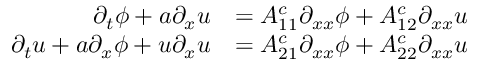
\begin{array} { r l } { \partial _ { t } \phi + a \partial _ { x } u } & { = A _ { 1 1 } ^ { c } \partial _ { x x } \phi + A _ { 1 2 } ^ { c } \partial _ { x x } u } \\ { \partial _ { t } u + a \partial _ { x } \phi + u \partial _ { x } u } & { = A _ { 2 1 } ^ { c } \partial _ { x x } \phi + A _ { 2 2 } ^ { c } \partial _ { x x } u } \end{array}